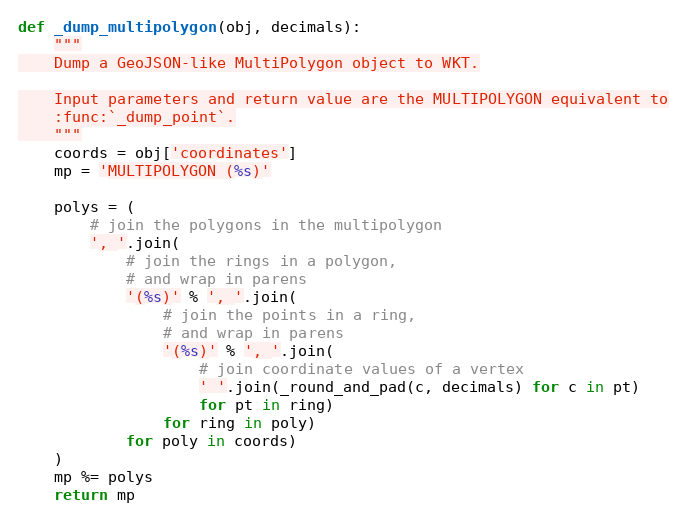
Language: Python
def _dump_multipolygon(obj, decimals):
    """
    Dump a GeoJSON-like MultiPolygon object to WKT.

    Input parameters and return value are the MULTIPOLYGON equivalent to
    :func:`_dump_point`.
    """
    coords = obj['coordinates']
    mp = 'MULTIPOLYGON (%s)'

    polys = (
        # join the polygons in the multipolygon
        ', '.join(
            # join the rings in a polygon,
            # and wrap in parens
            '(%s)' % ', '.join(
                # join the points in a ring,
                # and wrap in parens
                '(%s)' % ', '.join(
                    # join coordinate values of a vertex
                    ' '.join(_round_and_pad(c, decimals) for c in pt)
                    for pt in ring)
                for ring in poly)
            for poly in coords)
    )
    mp %= polys
    return mp